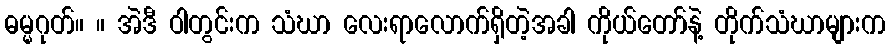
ဓမ္မဂုတ်။ ။ အဲဒီ ဝါတွင်းက သံဃာ လေးရာလောက်ရှိတဲ့အခါ ကိုယ်တော်နဲ့ တိုက်သံဃာများက